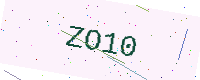
Text: ZO10